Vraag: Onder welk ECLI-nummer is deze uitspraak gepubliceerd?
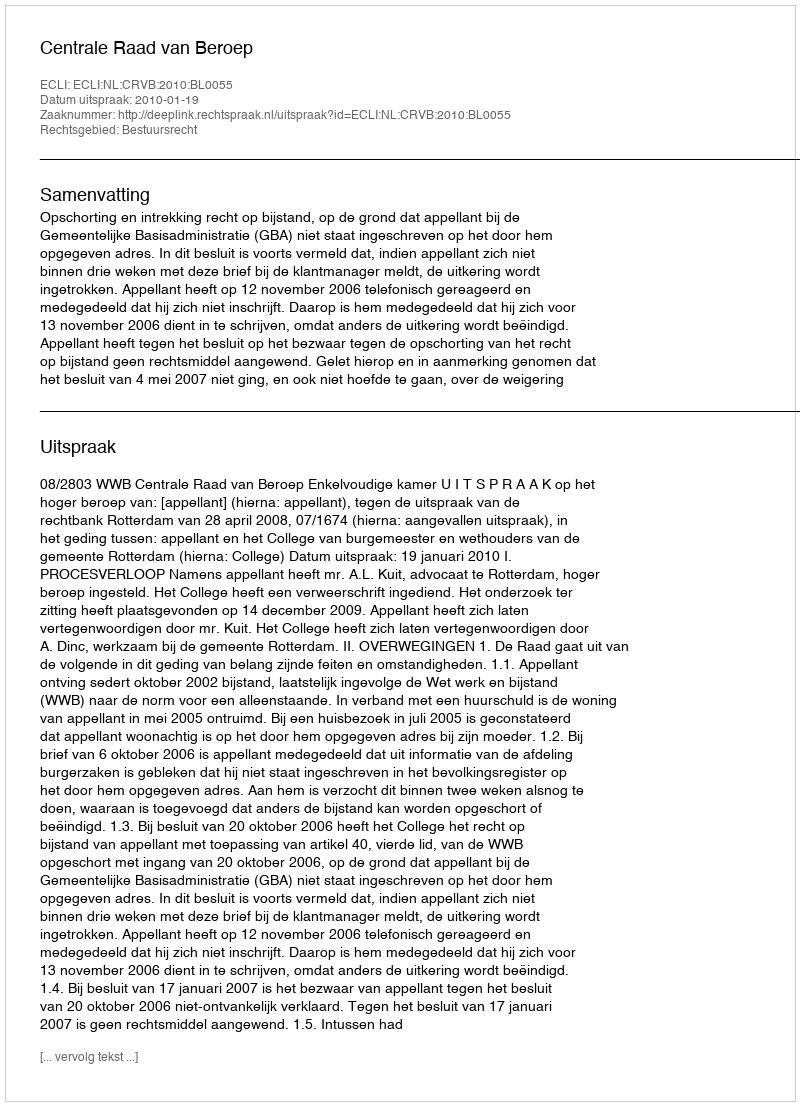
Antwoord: ECLI:NL:CRVB:2010:BL0055